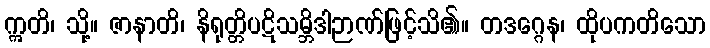
ဣတိ၊ သို့။ ဇာနာတိ၊ နိရုတ္တိပဋိသမ္ဘိဒါဉာဏ်ဖြင့်သိ၏။ တဒဂ္ဂေန၊ ထိုပကတိသော